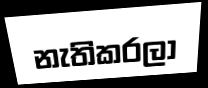
නැතිකරලා